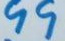
99